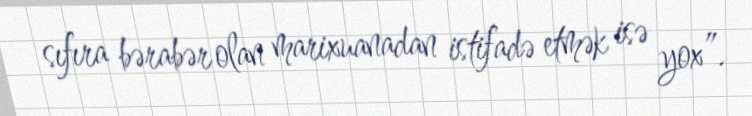
sıfıra bərabər olan marixuanadan istifadə etmək isə yox”.